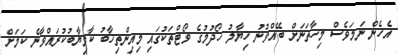
އެހެން ނަމަވެސް މިހާތަނަށް ބޭއްވުނު ޚިޔާލު ހޯދުމުގެ ވޯޓްތަކުގައި މިއިންތިޚާބު ކާމިޔާބުކުރައްވާނެ ކަމަށް